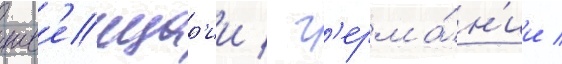
шв'еицар'ии / г'ерма́н'ии /